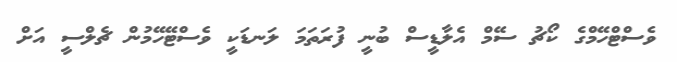
ވެސްޓްހޭމްގެ ކޯޗު ސޭމް އެލާޑީސް ބުނީ ފުރަތަމަ ލަނޑަކީ ވެސްޓޭހޭމުން ޗެލްސީ އަށް